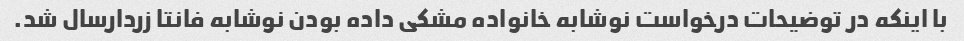
با اینکه در توضیحات درخواست نوشابه خانواده مشکی داده بودن نوشابه فانتا زردارسال شد.